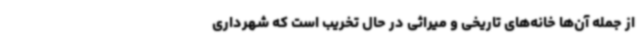
از جمله آن‌ها خانه‌های تاریخی و میراثی در حال تخریب است که شهرداری